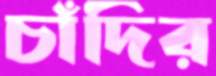
চাঁদির